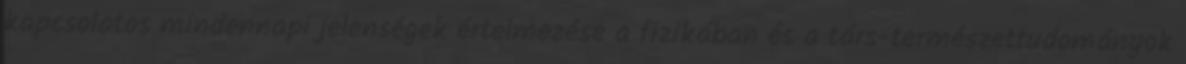
kapcsolatos mindennapi jelenségek értelmezése a fizikában és a társ-természettudományok